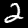
Digit: 2